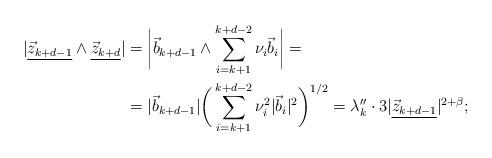
LaTeX: \begin{align*} \begin{aligned} |\underline{\vec z_{k+d-1}}\wedge\underline{\vec z_{k+d}}| & = \bigg|\vec b_{k+d-1}\wedge\sum_{i=k+1}^{k+d-2}\nu_i\vec b_i\bigg|= \\ & = |\vec b_{k+d-1}|\bigg(\sum_{i=k+1}^{k+d-2}\nu_i^2|\vec b_i|^2\bigg)^{1/2}= \lambda_k''\cdot3|\underline{\vec z_{k+d-1}}|^{2+\beta}; \hskip2.1mm \end{aligned} \end{align*}